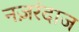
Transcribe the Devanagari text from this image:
नज़रंदाज